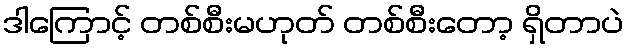
ဒါကြောင့် တစ်စီးမဟုတ် တစ်စီးတော့ ရှိတာပဲ